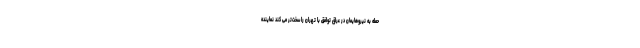
حمله به نیروهایمان در عراق توافق با تهران را سخت‌تر می کند نماینده